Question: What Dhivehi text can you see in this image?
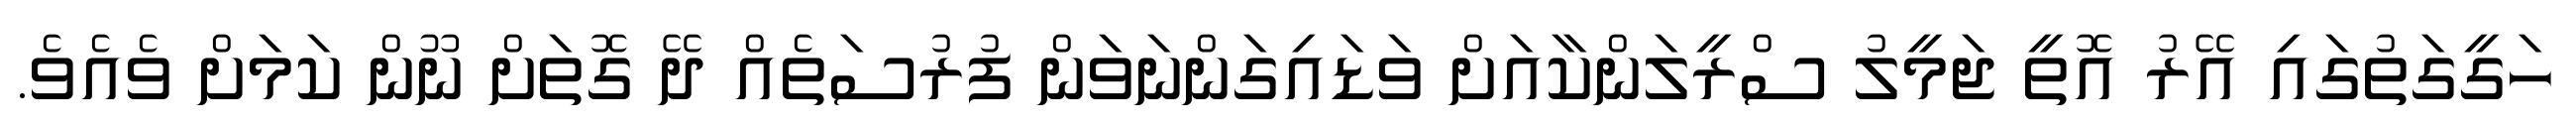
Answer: ހަގީގަތުގައި އޭރު އޮތީ ޖަމީލު ސްރީލަންކާއަށް ވަޑައިގަންނަވަން ފުރުސަތެއް ދޭ ގޮތަށް ނޫން ކަމަށް ވެއެވެ.